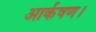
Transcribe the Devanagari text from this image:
आर्कषण।